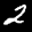
Label: 2